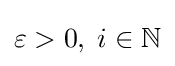
\varepsilon >0,\;i\in \mathbb {N}